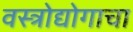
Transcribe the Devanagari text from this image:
वस्त्रोद्योगाचा